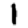
Digit: 1